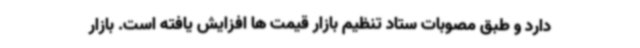
دارد و طبق مصوبات ستاد تنظیم بازار قیمت ها افزایش یافته است. بازار